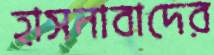
হাসনাবাদের